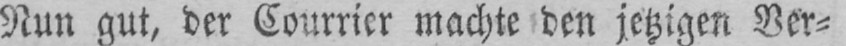
Nun gut, der Courrier machte den jetzigen Ver⸗